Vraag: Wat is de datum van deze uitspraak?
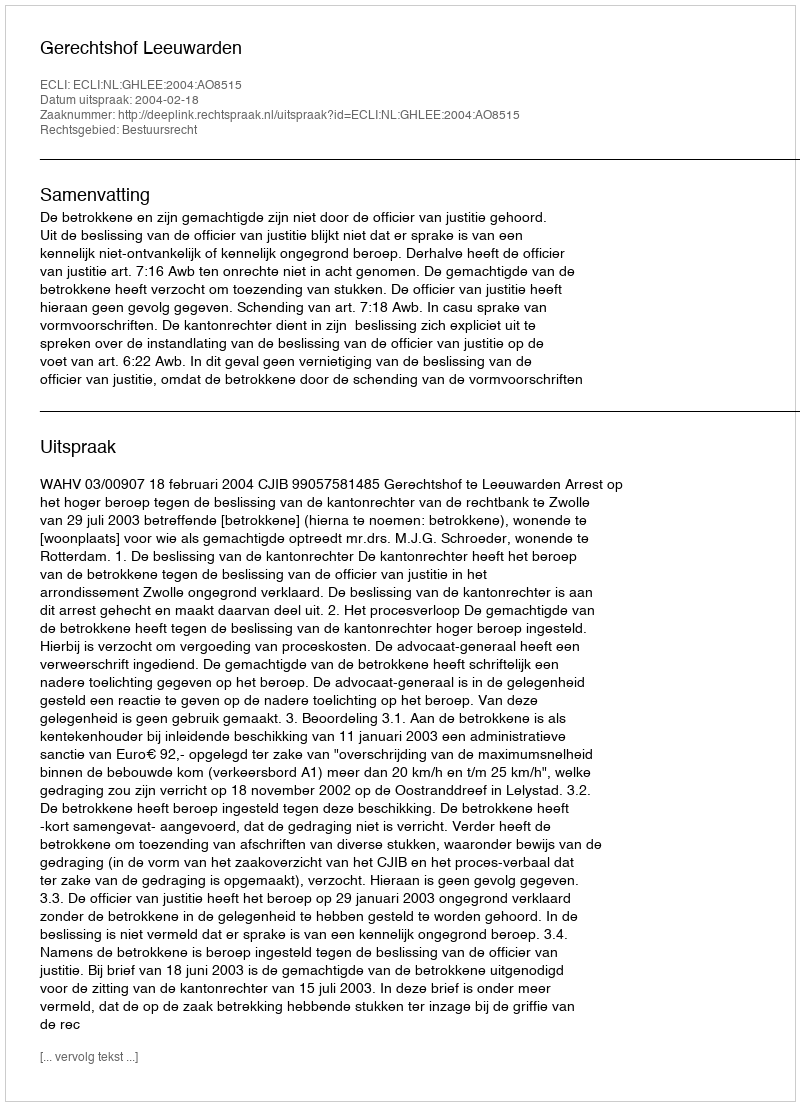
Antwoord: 2004-02-18